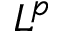
L ^ { p }